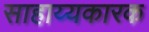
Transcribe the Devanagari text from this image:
साहाय्यकारक